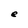
Character: e